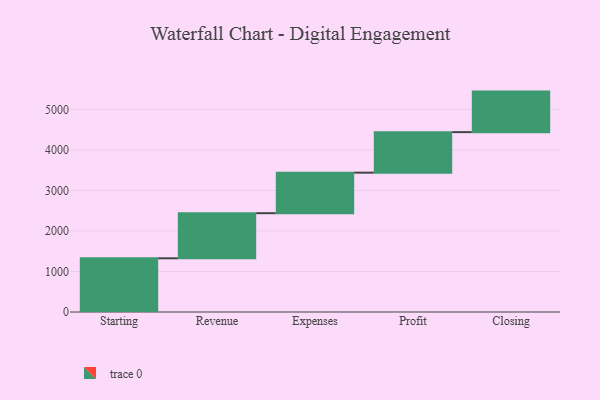
{"axis": {"x": "Step", "y": "Value"}, "legend": [""], "data": [{"x": "Starting", "y": 1325.0, "type": ""}, {"x": "Revenue", "y": 1113.0, "type": ""}, {"x": "Expenses", "y": 1000, "type": ""}, {"x": "Profit", "y": 1000, "type": ""}, {"x": "Closing", "y": 1000, "type": ""}]}